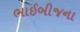
ભાઈબીજના